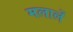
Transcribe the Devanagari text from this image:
मलालें